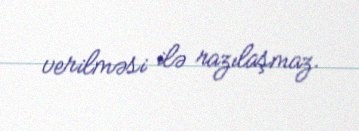
verilməsi ilə razılaşmaz.